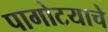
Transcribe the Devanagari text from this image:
पागोटयाचे